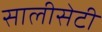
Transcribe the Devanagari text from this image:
सालीसेटी